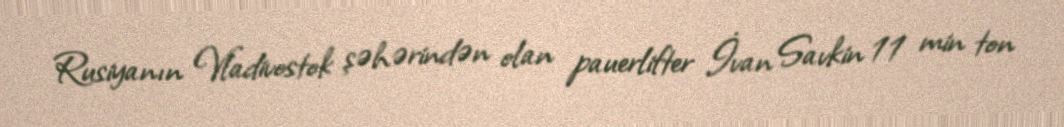
Rusiyanın Vladivostok şəhərindən olan pauerlifter İvan Savkin 11 min ton